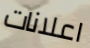
اعلانات